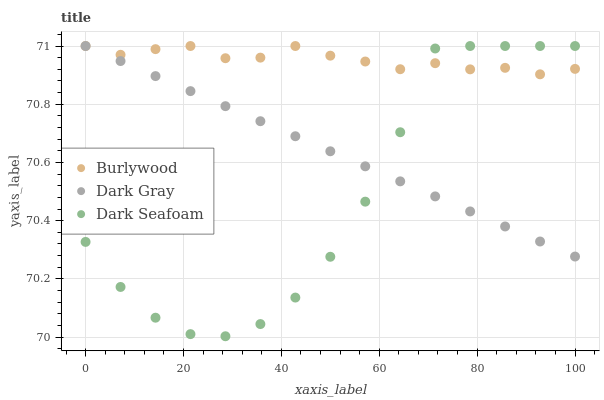
| xaxis_label | Burlywood | Dark Gray | Dark Seafoam |
 | --- | --- | --- | --- |
 | 0 | 71 | 71 | 70.3 |
 | 7.14 | 71 | 70.9 | 70.2 |
 | 14.3 | 71 | 70.9 | 70.1 |
 | 21.4 | 71 | 70.8 | 70 |
 | 28.6 | 71 | 70.8 | 70 |
 | 35.7 | 71 | 70.7 | 70 |
 | 42.9 | 71 | 70.7 | 70.1 |
 | 50 | 71 | 70.6 | 70.3 |
 | 57.1 | 70.9 | 70.6 | 70.5 |
 | 64.3 | 70.9 | 70.5 | 70.7 |
 | 71.4 | 70.9 | 70.5 | 71 |
 | 78.6 | 70.9 | 70.4 | 71 |
 | 85.7 | 70.9 | 70.4 | 71 |
 | 92.9 | 70.9 | 70.3 | 71 |
 | 100 | 70.9 | 70.3 | 71 |